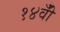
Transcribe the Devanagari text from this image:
१४वीँ